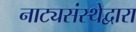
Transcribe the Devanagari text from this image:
नाट्यसंस्थेद्वारा